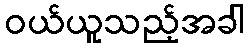
ဝယ်ယူသည့်အခါ